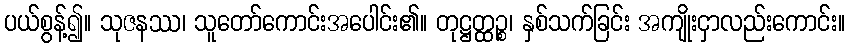
ပယ်စွန့်၍။ သုဇနဿ၊ သူတော်ကောင်းအပေါင်း၏။ တုဋ္ဌတ္ထဉ္စ၊ နှစ်သက်ခြင်း အကျိုးငှာလည်းကောင်း။